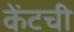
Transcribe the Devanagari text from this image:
केंटची